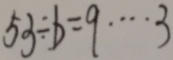
5 3 \div b = q \cdots 3